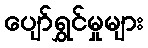
ပျော်ရွှင်မှုများ